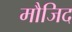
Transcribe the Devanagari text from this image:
मौजिद